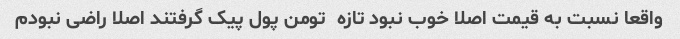
واقعا نسبت به قیمت اصلا خوب نبود تازه  تومن پول پیک گرفتند اصلا راضی نبودم